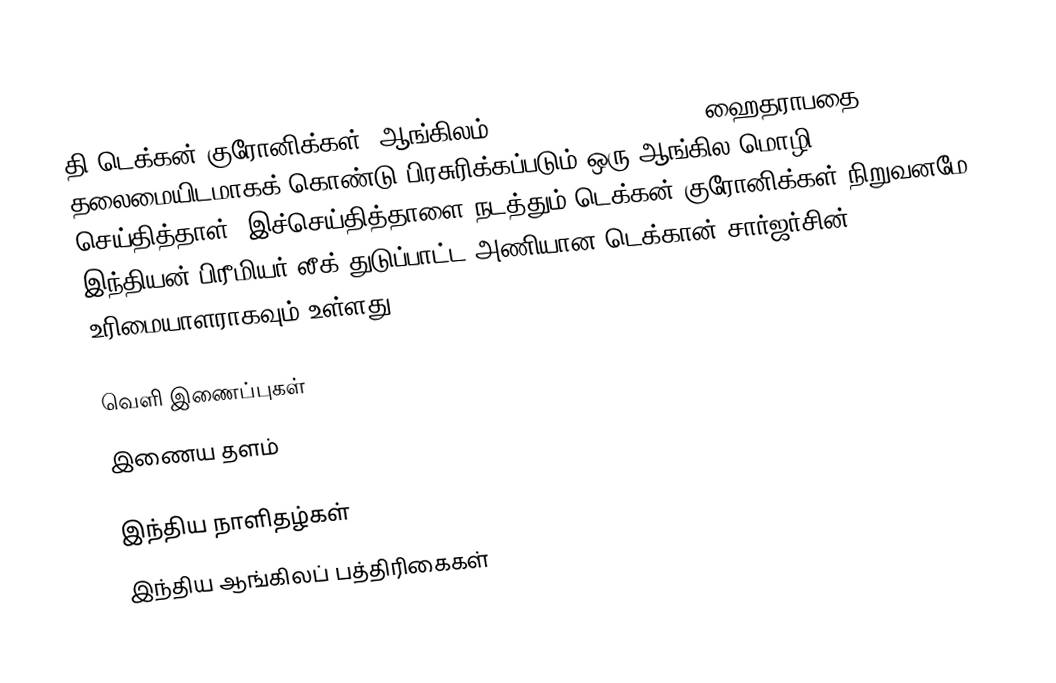
தி டெக்கன் குரோனிக்கள் (ஆங்கிலம்:The Deccan Chronicle) ஹைதராபதை தலைமையிடமாகக் கொண்டு பிரசுரிக்கப்படும் ஒரு ஆங்கில மொழி செய்தித்தாள். இச்செய்தித்தாளை நடத்தும் டெக்கன் குரோனிக்கள் நிறுவனமே இந்தியன் பிரீமியர் லீக் துடுப்பாட்ட அணியான டெக்கான் சார்ஜர்சின் உரிமையாளராகவும் உள்ளது

வெளி இணைப்புகள்
  இணைய தளம்

இந்திய நாளிதழ்கள்
இந்திய ஆங்கிலப் பத்திரிகைகள்